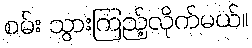
စမ်း သွားကြည့်လိုက်မယ်။